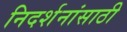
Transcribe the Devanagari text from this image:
निदर्शनांसाठी